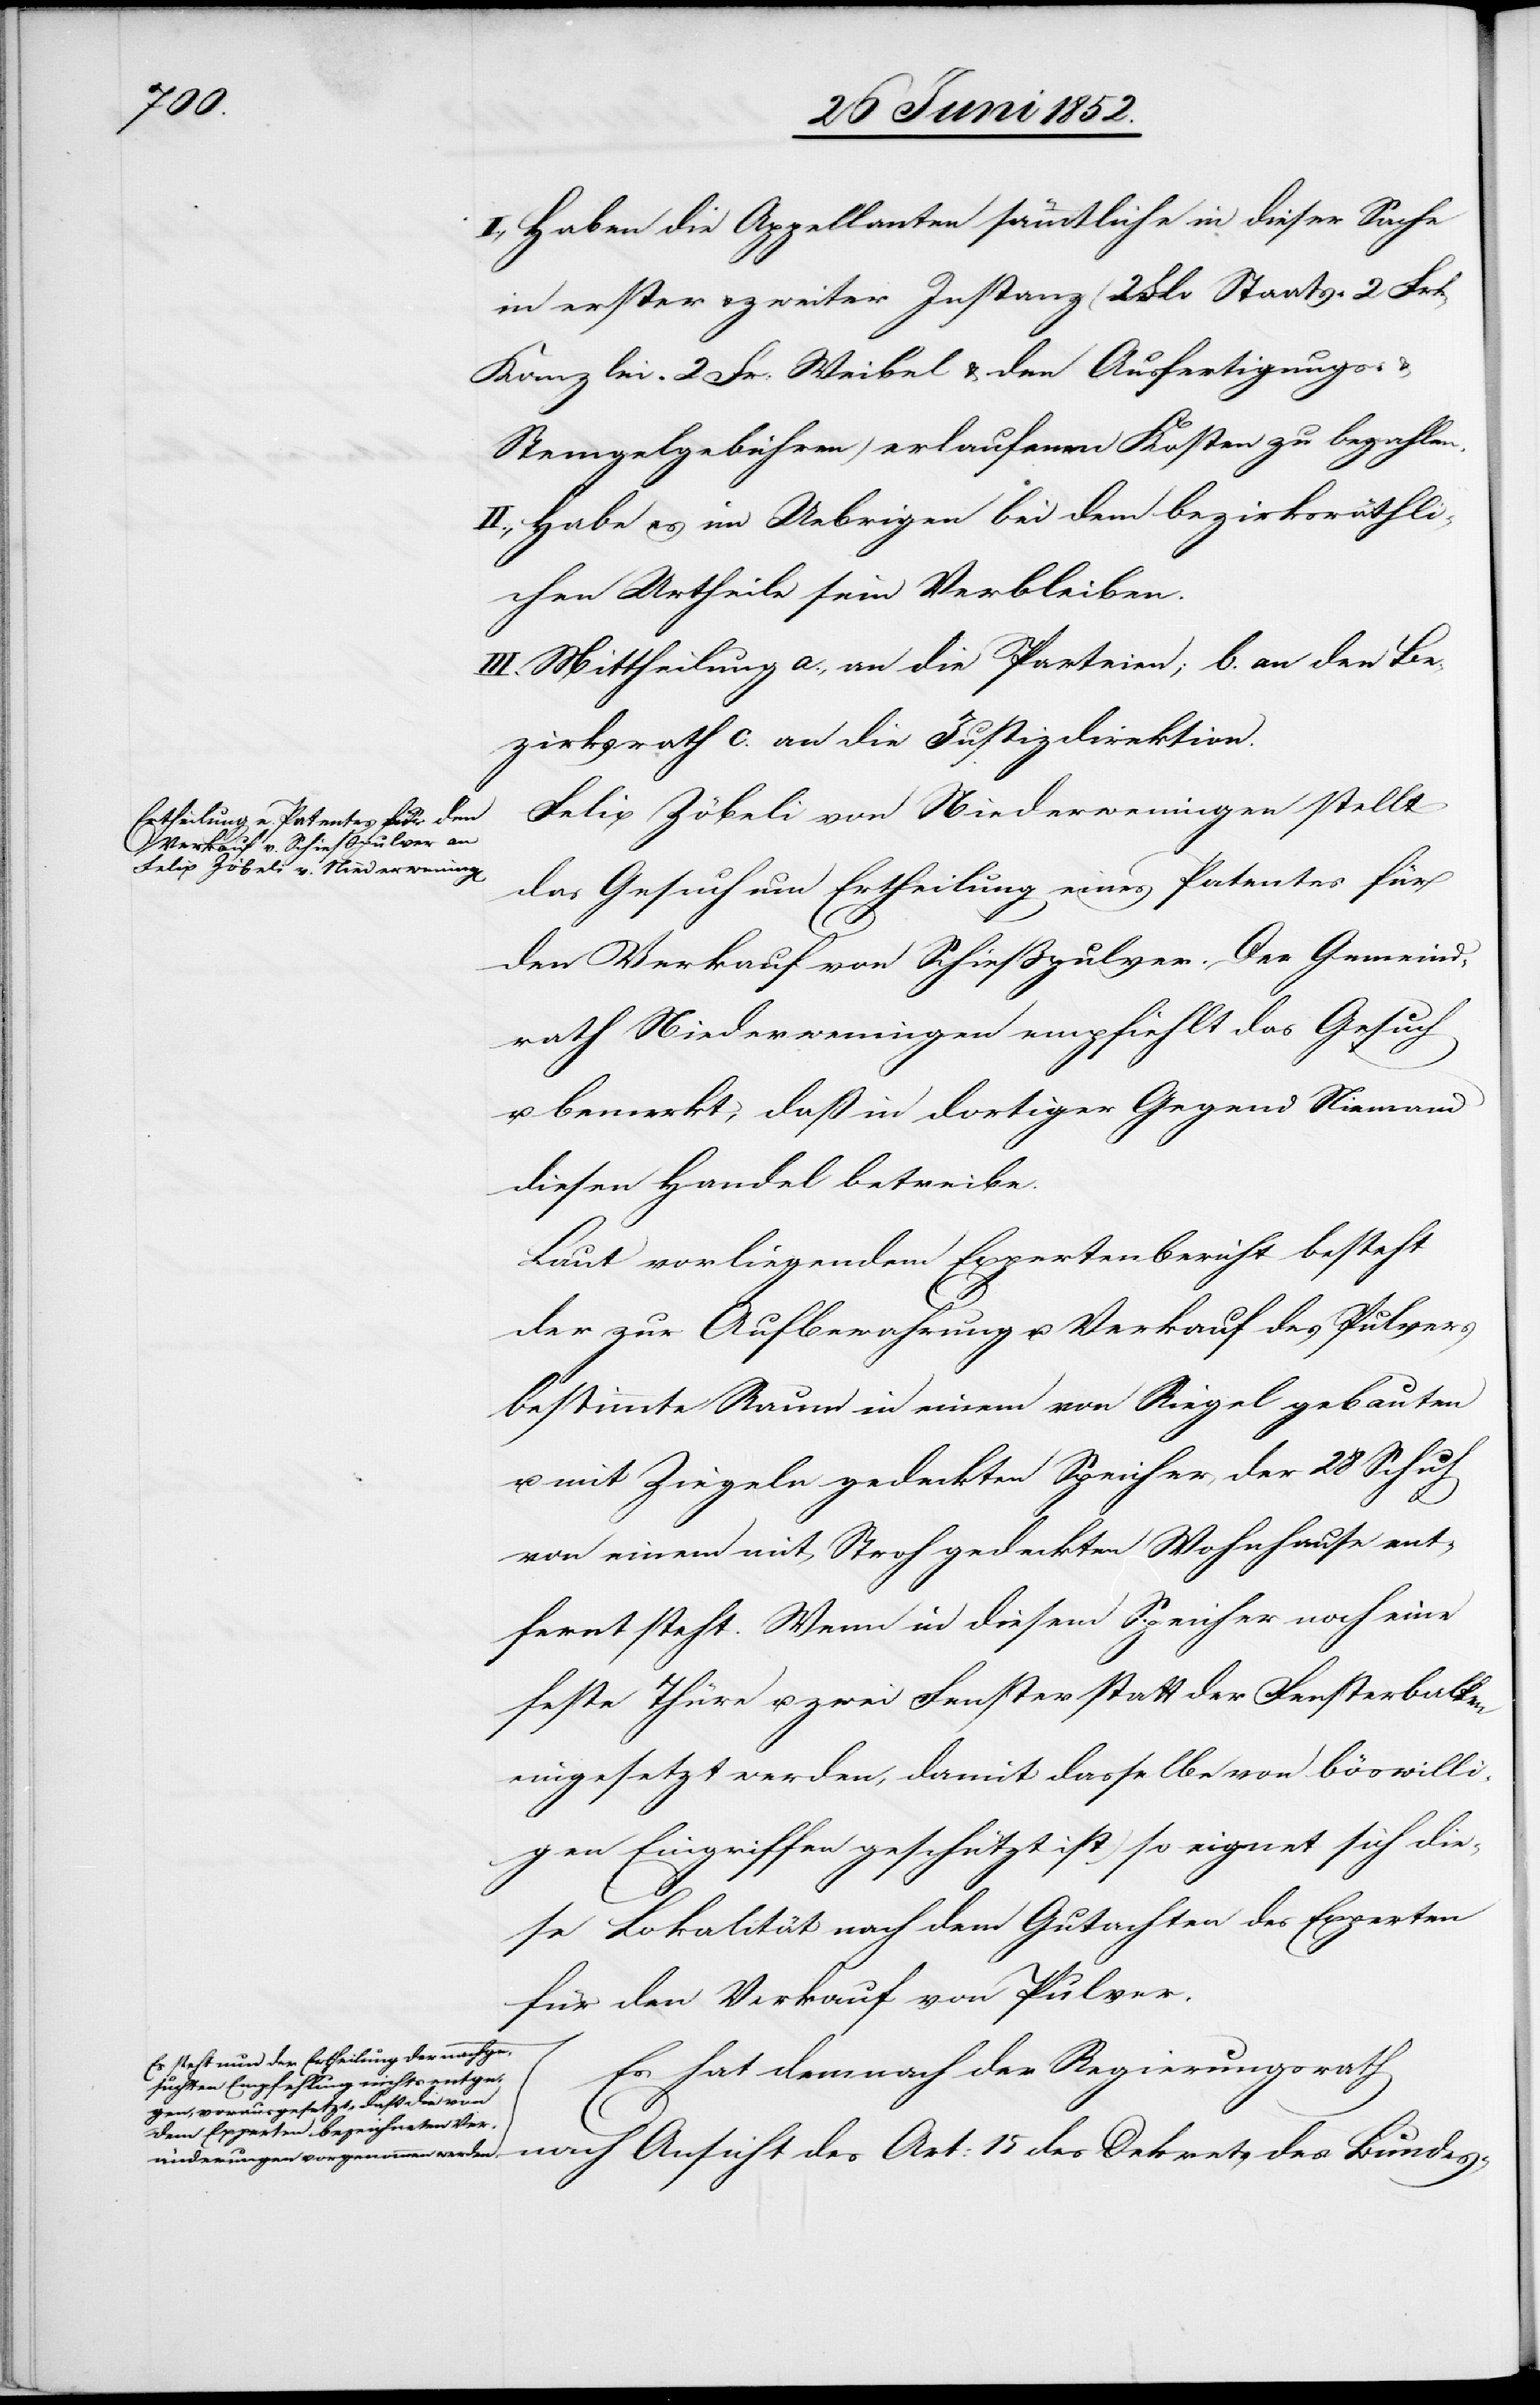
änderungen
I., Haben die Appellanten sämmtliche in dieser Sache
in erster & zweiter Instanz (2 F[?rk] Staats-[,] 2 Frk
Kanzlei-[,] 2 Fr: Weibel[-] & den Ausfertigungs-
Stempelgebühren) erlaufenen Kosten zu bezahlen.
II., Habe es im Uebrigen bei dem bezirksräthli¬
chen Urtheile sein Verbleiben.
III. Mittheilung a., an die Parteien; b. an den Be¬
zirksrath c. an die Justizdirektion.
Felix Zöbeli von Niederweningen stellt
das Gesuch um Ertheilung eines Patentes für
den Verkauf von Schiesspulver. Der Gemeind¬
rath Niederweningen empfiehlt das Gesuch
u. bemerkt, daß in dortiger Gegend Niemand
diesen Handel betreibe.
Laut vorliegendem Expertenbericht besteht
der zur Aufbewahrung u. Verkauf des Pulvers
bestimmte Raum in einem von Riegel gebauten
u. mit Ziegeln gedeckten Speicher, der 28 Schuh
von einem mit Stroh gedeckten Wohnhause ent¬
fernt steht. Wenn in diesem Speicher noch eine
feste Thüre u. zwei Fenster statt der Fensterbalken
eingesetzt werden, [(]damit dasselbe von böswilli¬
gen Eingriffen geschützt ist) so eignet sich die¬
se Lokalität nach dem Gutachten des Experten
für den Verkauf von Pulver.
a-Es steht nun der Ertheilung der nachge¬
Es hat demnach der Regierungsrath
suchten Empfehlung nichts entge¬
gen, vorausgesetzt, dass die von
dem Experten bezeichneten Ver¬
nach Ansicht des Art: 15 des Dekrets des Bundes-